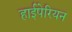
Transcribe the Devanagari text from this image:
हाईपेरियन